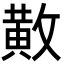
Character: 𫿍